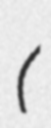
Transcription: (イーディス